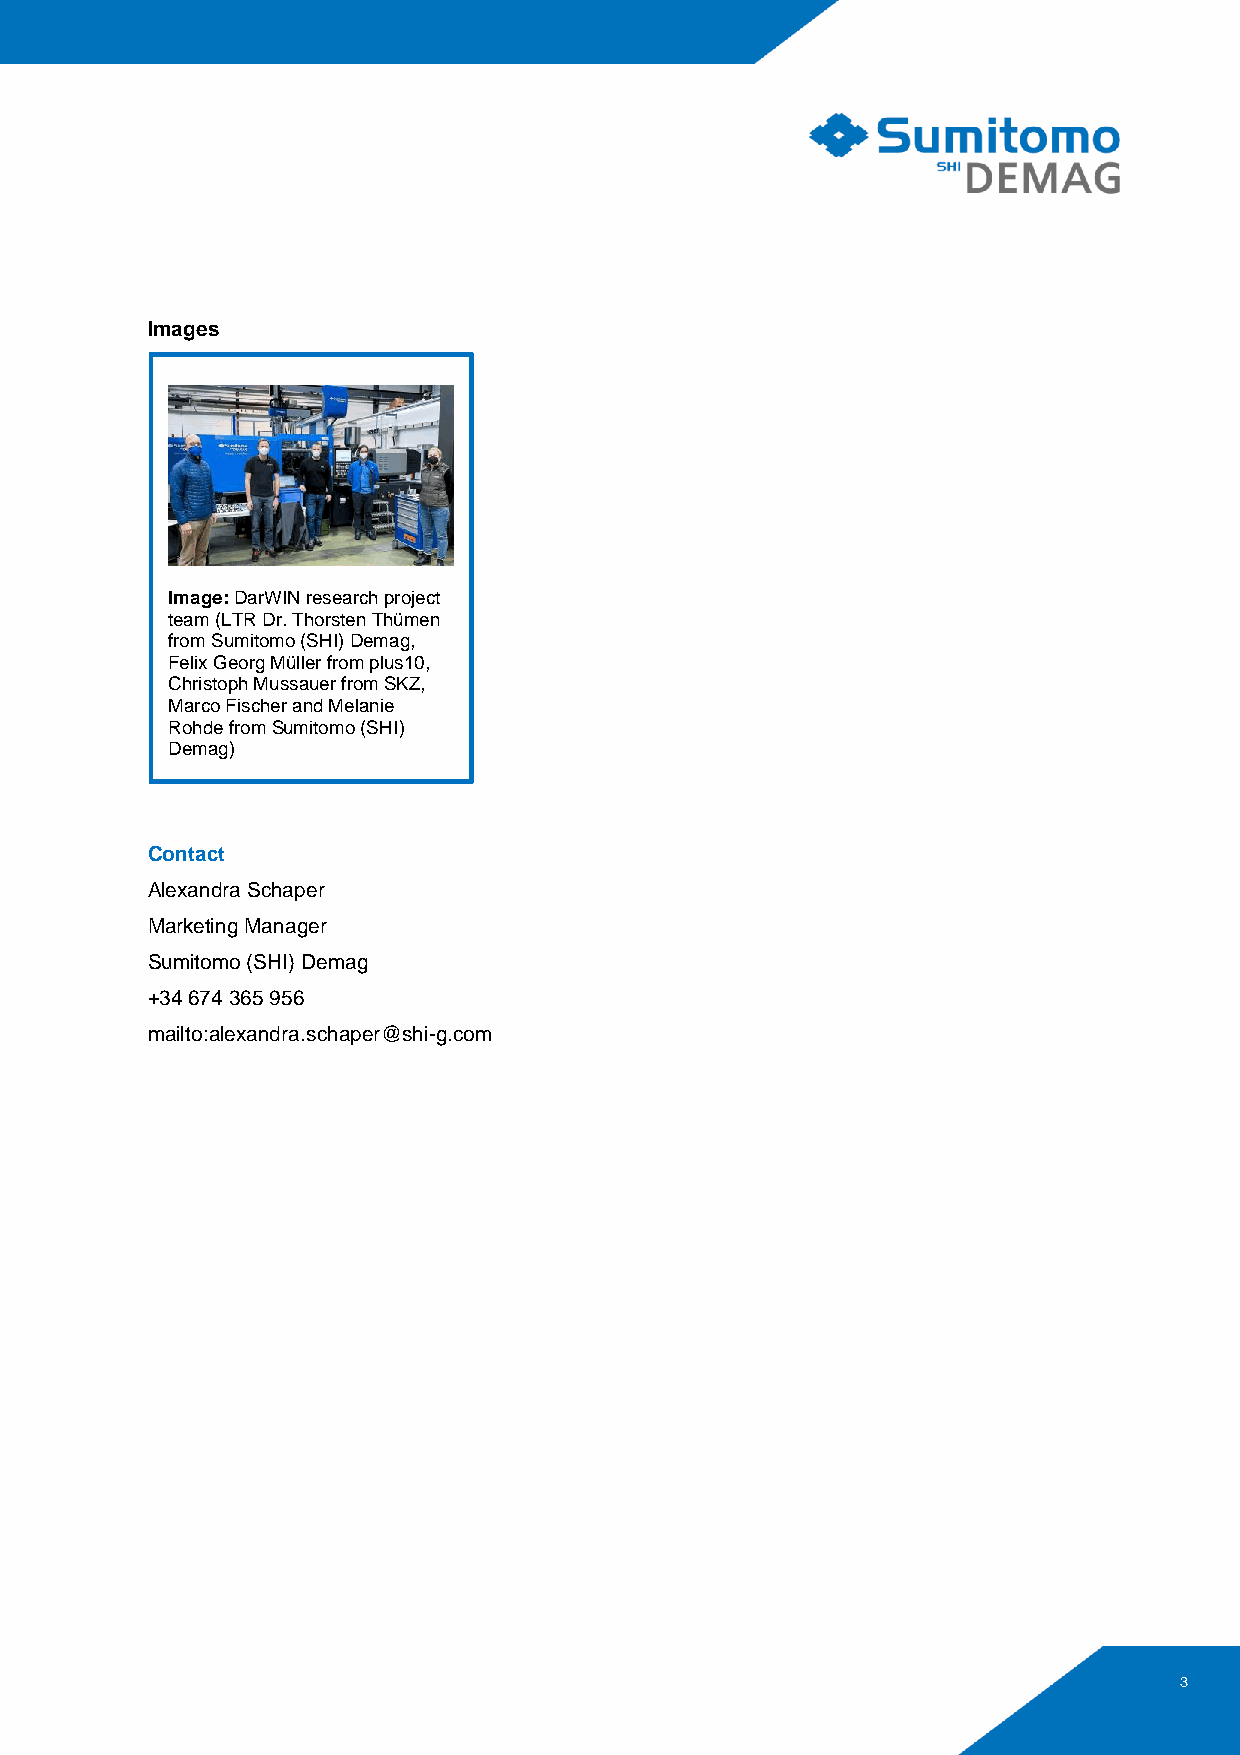
Images
 Image: DarWIN research project
 team (LTR Dr. Thorsten Thümen
 from Sumitomo (SHI) Demag,
 Felix Georg Müller from plus10,
 Christoph Mussauer from SKZ,
 Marco Fischer and Melanie
 Rohde from Sumitomo (SHI)
 Demag )
 Contact
 Alexandra Schaper
 Marketing Manager
 Sumitomo (SHI) Demag
 +34 674 365 956
 mailto:alexandra.schaper@shi-g.com
 3